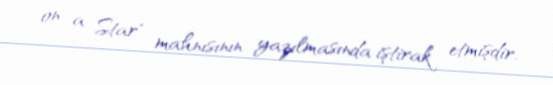
on a Star" mahnısının yazılmasında iştirak etmişdir.